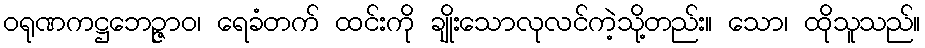
ဝရုဏကဋ္ဌဘေဉ္ဇာဝ၊ ရေခံတက် ထင်းကို ချိုးသောလုလင်ကဲ့သို့တည်း။ သော၊ ထိုသူသည်။